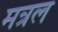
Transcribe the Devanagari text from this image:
मत्रल